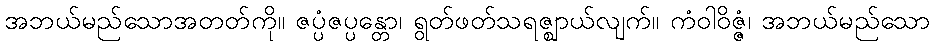
အဘယ်မည်သောအတတ်ကို။ ဇပ္ပံဇပ္ပန္တော၊ ရွတ်ဖတ်သရဇ္ဈာယ်လျက်။ ကံဝါဝိဇ္ဇံ၊ အဘယ်မည်သော